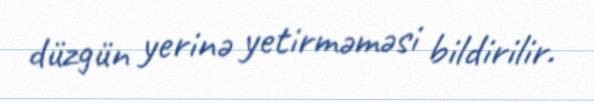
düzgün yerinə yetirməməsi bildirilir.